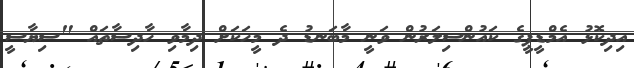
އިދިކޮޅު އެމްޑީޕީގެ ކައުންސިލަރުން ވަނީ މާބަނޑު ދެ މީހަކަށް ދިމާވި ހާދިސާތައް "ސިޔާސީ